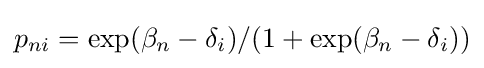
p_{ni}=\exp(\beta _{n}-\delta _{i})/(1+\exp(\beta _{n}-\delta _{i}))